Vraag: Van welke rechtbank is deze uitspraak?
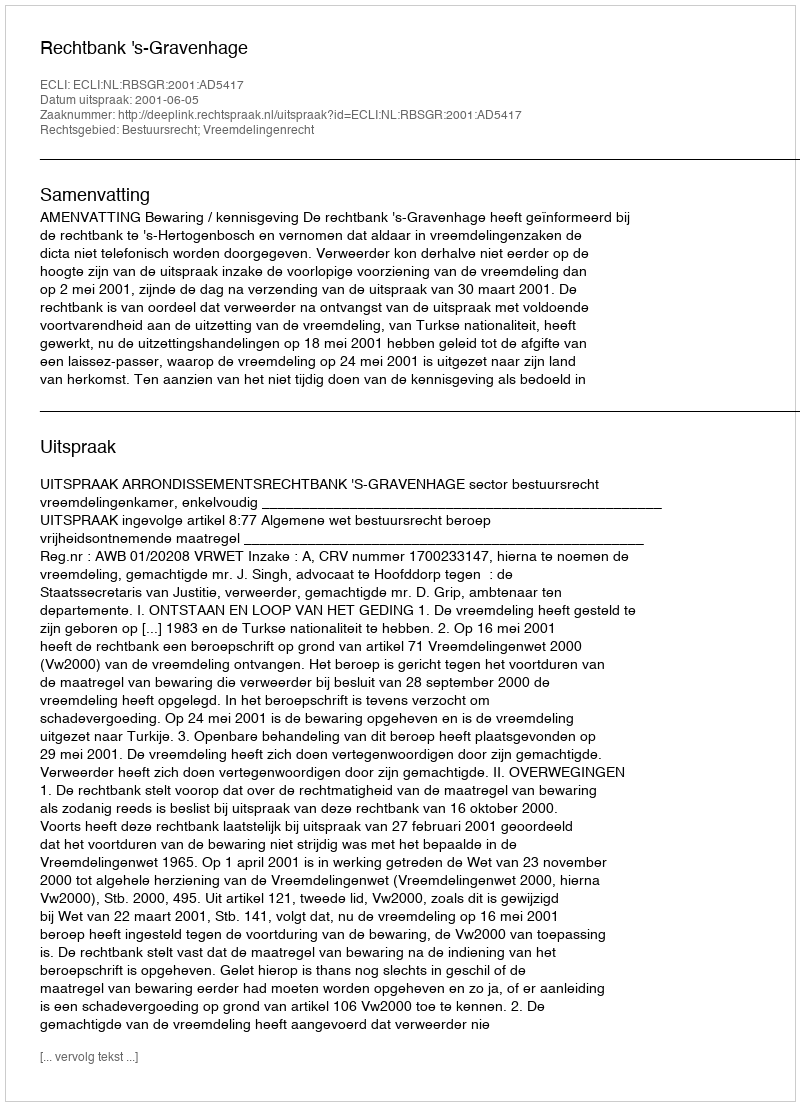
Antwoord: Rechtbank 's-Gravenhage